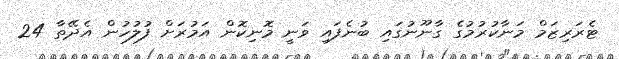
ޓެރަރިޒަމް މަނާކުރުމުގެ ގާނޫނުގައި ބުނެފައި ވަނީ މޮނިކޮން އަމުރަށް ފުލުހުން އެދޭތާ 24